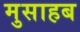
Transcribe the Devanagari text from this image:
मुसाहब